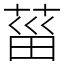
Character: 菑